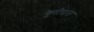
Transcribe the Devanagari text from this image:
यूरोपांत